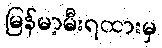
မြန်မာ့မီးရထားမှ